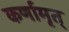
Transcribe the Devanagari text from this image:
कर्णामृत्